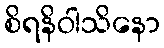
စိရနိဝါသိနော